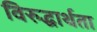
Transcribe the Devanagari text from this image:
विरुद्धार्थता